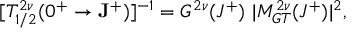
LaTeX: [ T _ { 1 / 2 } ^ { 2 \nu } ( 0 ^ { + } \rightarrow { \bf J } ^ { + } ) ] ^ { - 1 } = G ^ { 2 \nu } ( J ^ { + } ) ~ | M _ { G T } ^ { 2 \nu } ( J ^ { + } ) | ^ { 2 } ,